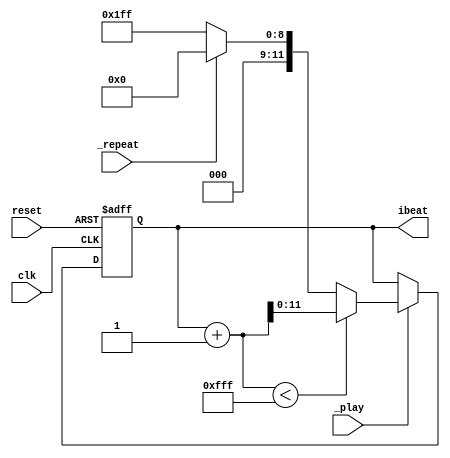
module player_control (
	input clk,
	input reset,
	input _play,
	input _repeat,
	output reg [11:0] ibeat
);
	parameter LEN = 4095;
    reg [11:0] next_ibeat;
	
	always @(posedge clk, posedge reset) begin
		if (reset) begin
			ibeat <= 0;
		end
		else begin
            ibeat <= next_ibeat;
		end
	end

    always @* begin
        next_ibeat = (_play) ? (ibeat + 1 < LEN) ? (ibeat + 1) : (_repeat) ? 12'd0 : 12'd511 : ibeat;// : 12'd0;
    end

endmodule